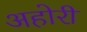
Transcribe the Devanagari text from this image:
अहोरी